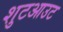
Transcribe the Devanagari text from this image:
शुटआउट